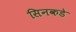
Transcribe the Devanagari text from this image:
सिनकडे